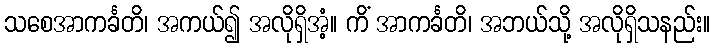
သစေအာကင်္ခတိ၊ အကယ်၍ အလိုရှိအံ့။ ကိံ အာကင်္ခတိ၊ အဘယ်သို့ အလိုရှိသနည်း။